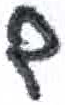
אות: ם